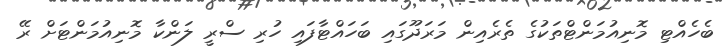
ބެހެއްޓި މޮނިއުމަންޓްތަކުގެ ތެރެއިން މަރަދޫގައި ބަހައްޓާފައި ހުރި ސްރީ ލަންކާ މޮނިއުމަންޓަށް ރޭ